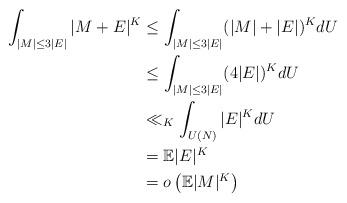
LaTeX: \begin{align*} \int_{|M| \le 3 |E|} |M+E|^K & \le \int_{|M| \le 3 |E|} (|M|+|E|)^K dU \\ & \le \int_{|M| \le 3 |E|} (4|E|)^K dU \\ & \ll_K \int_{U(N)} |E|^K dU \\ & = \mathbb E |E|^{K} \\ & = o\left( \mathbb E |M|^{K} \right)\end{align*}